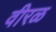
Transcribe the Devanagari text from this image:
वीरळ